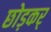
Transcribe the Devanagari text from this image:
छोड़कर्